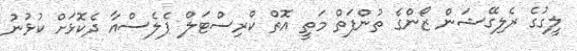
ލީގުގެ ރެލިގޭޝަން ޒޯންގެ ތުންފަތް މަތީ އޮތް ކްރިސްޓަލް ޕެލެސްއާ ދެކޮޅަށް ކުޅުނު